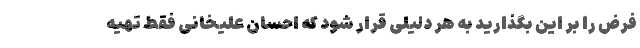
فرض را بر این بگذارید به هر دلیلی قرار شود که احسان علیخانی فقط تهیه